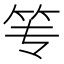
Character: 𰩮